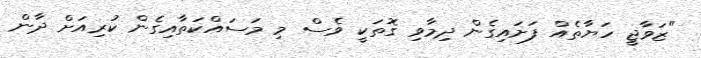
"ޒަވާޖީ ހަޔާތެއް ފަށައިގެން ދިމާވި ގޮތަކީ ވެސް މި މަސައްކަތާއިގެން ކުރިއަށް ދާން